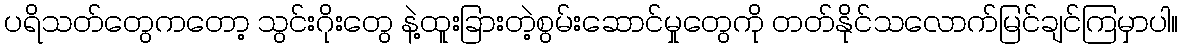
ပရိသတ်တွေကတော့ သွင်းဂိုးတွေ နဲ့ထူးခြားတဲ့စွမ်းဆောင်မှုတွေကို တတ်နိုင်သလောက်မြင်ချင်ကြမှာပါ။